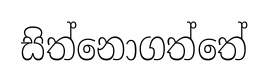
සිත්නොගත්තේ